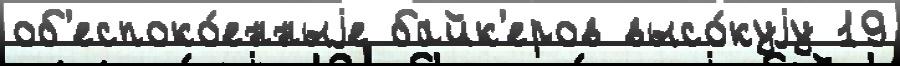
об'еспоко́енныjе байк'еров высо́куjу 19